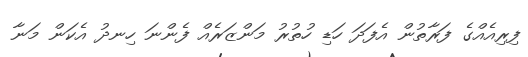
ފިރިއެއްގެ ފަރާތުން އެފަދަ ހަޑި ހުތުރު މަންޒަރެއް ފެންނަ ހިނދު އެކަން މަނާ